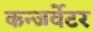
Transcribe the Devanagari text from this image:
कन्जर्वेटर